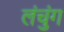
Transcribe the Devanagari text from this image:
लंचुंग